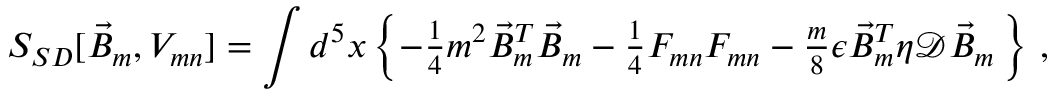
S _ { S D } [ \vec { B } _ { m } , V _ { m n } ] = \int d ^ { 5 } x \left\{ - { \textstyle \frac { 1 } { 4 } } m ^ { 2 } \vec { B } _ { m } ^ { T } \vec { B } _ { m } - { \textstyle \frac { 1 } { 4 } } { \cal F } _ { m n } { \cal F } _ { m n } - { \textstyle \frac { m } { 8 } } \epsilon \vec { B } _ { m } ^ { T } \eta \mathcal { D } \vec { B } _ { m } \, \right\} \, ,